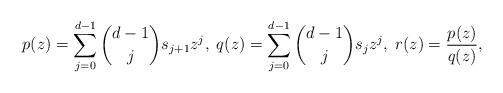
LaTeX: \begin{align*}p(z)=\sum_{j=0}^{d-1} {d-1\choose j}s_{j+1} z^j,\; q(z)=\sum_{j=0}^{d-1} {d-1\choose j} s_jz^j,\; r(z)=\frac{p(z)}{q(z)},\;\end{align*}